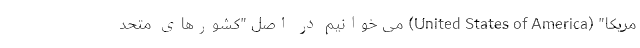
مریکا" (United States of America) می خوانیم در اصل "کشورهای متحد